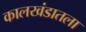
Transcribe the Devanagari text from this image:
कालखंडातला